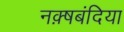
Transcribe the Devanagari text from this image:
नक़्षबंदिया